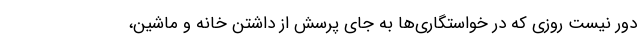
دور نیست روزی که در خواستگاری‌ها به جای پرسش از داشتن خانه و ماشین،